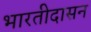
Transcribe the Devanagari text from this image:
भारतीदासन